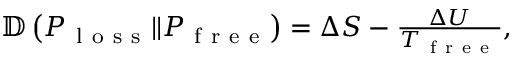
\begin{array} { r } { \mathbb { D } \left( P _ { \mathrm { ~ l ~ o ~ s ~ s ~ } } \Vert P _ { \mathrm { ~ f ~ r ~ e ~ e ~ } } \right) = \Delta S - \frac { \Delta U } { T _ { \mathrm { ~ f ~ r ~ e ~ e ~ } } } , } \end{array}